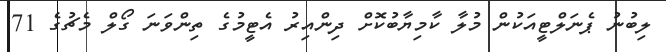
ލިބުނު ޕެނަލްޓީއަކުން މުލާ ކާމިޔާބުކޮށް ދިންއިރު އެޓީމުގެ ތިންވަނަ ގޯލް މެޗުގެ 71